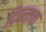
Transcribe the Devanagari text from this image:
दिन्नाक